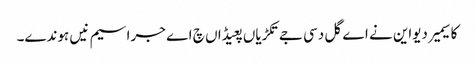
کاسیمیر دیواین نے اے گل دسی جے تکڑیاں پعیڈاں چ اے جراسیم نیں ہوندے۔